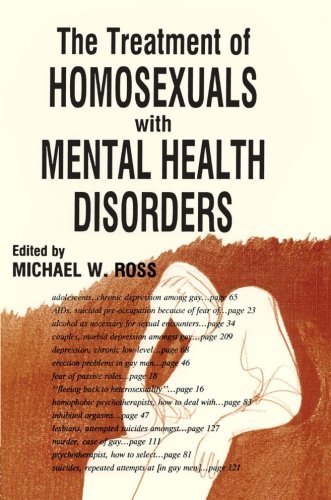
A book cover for The Treatment of Homosexuals With Mental Health Disorders (Journal of Homosexuality: No. 15, No. 1-); Michael W Ross; Health, Fitness & Dieting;